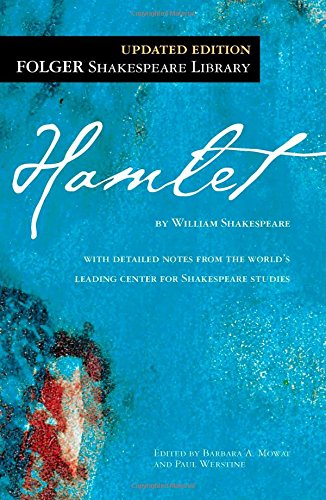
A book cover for Hamlet; William Shakespeare; Literature & Fiction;